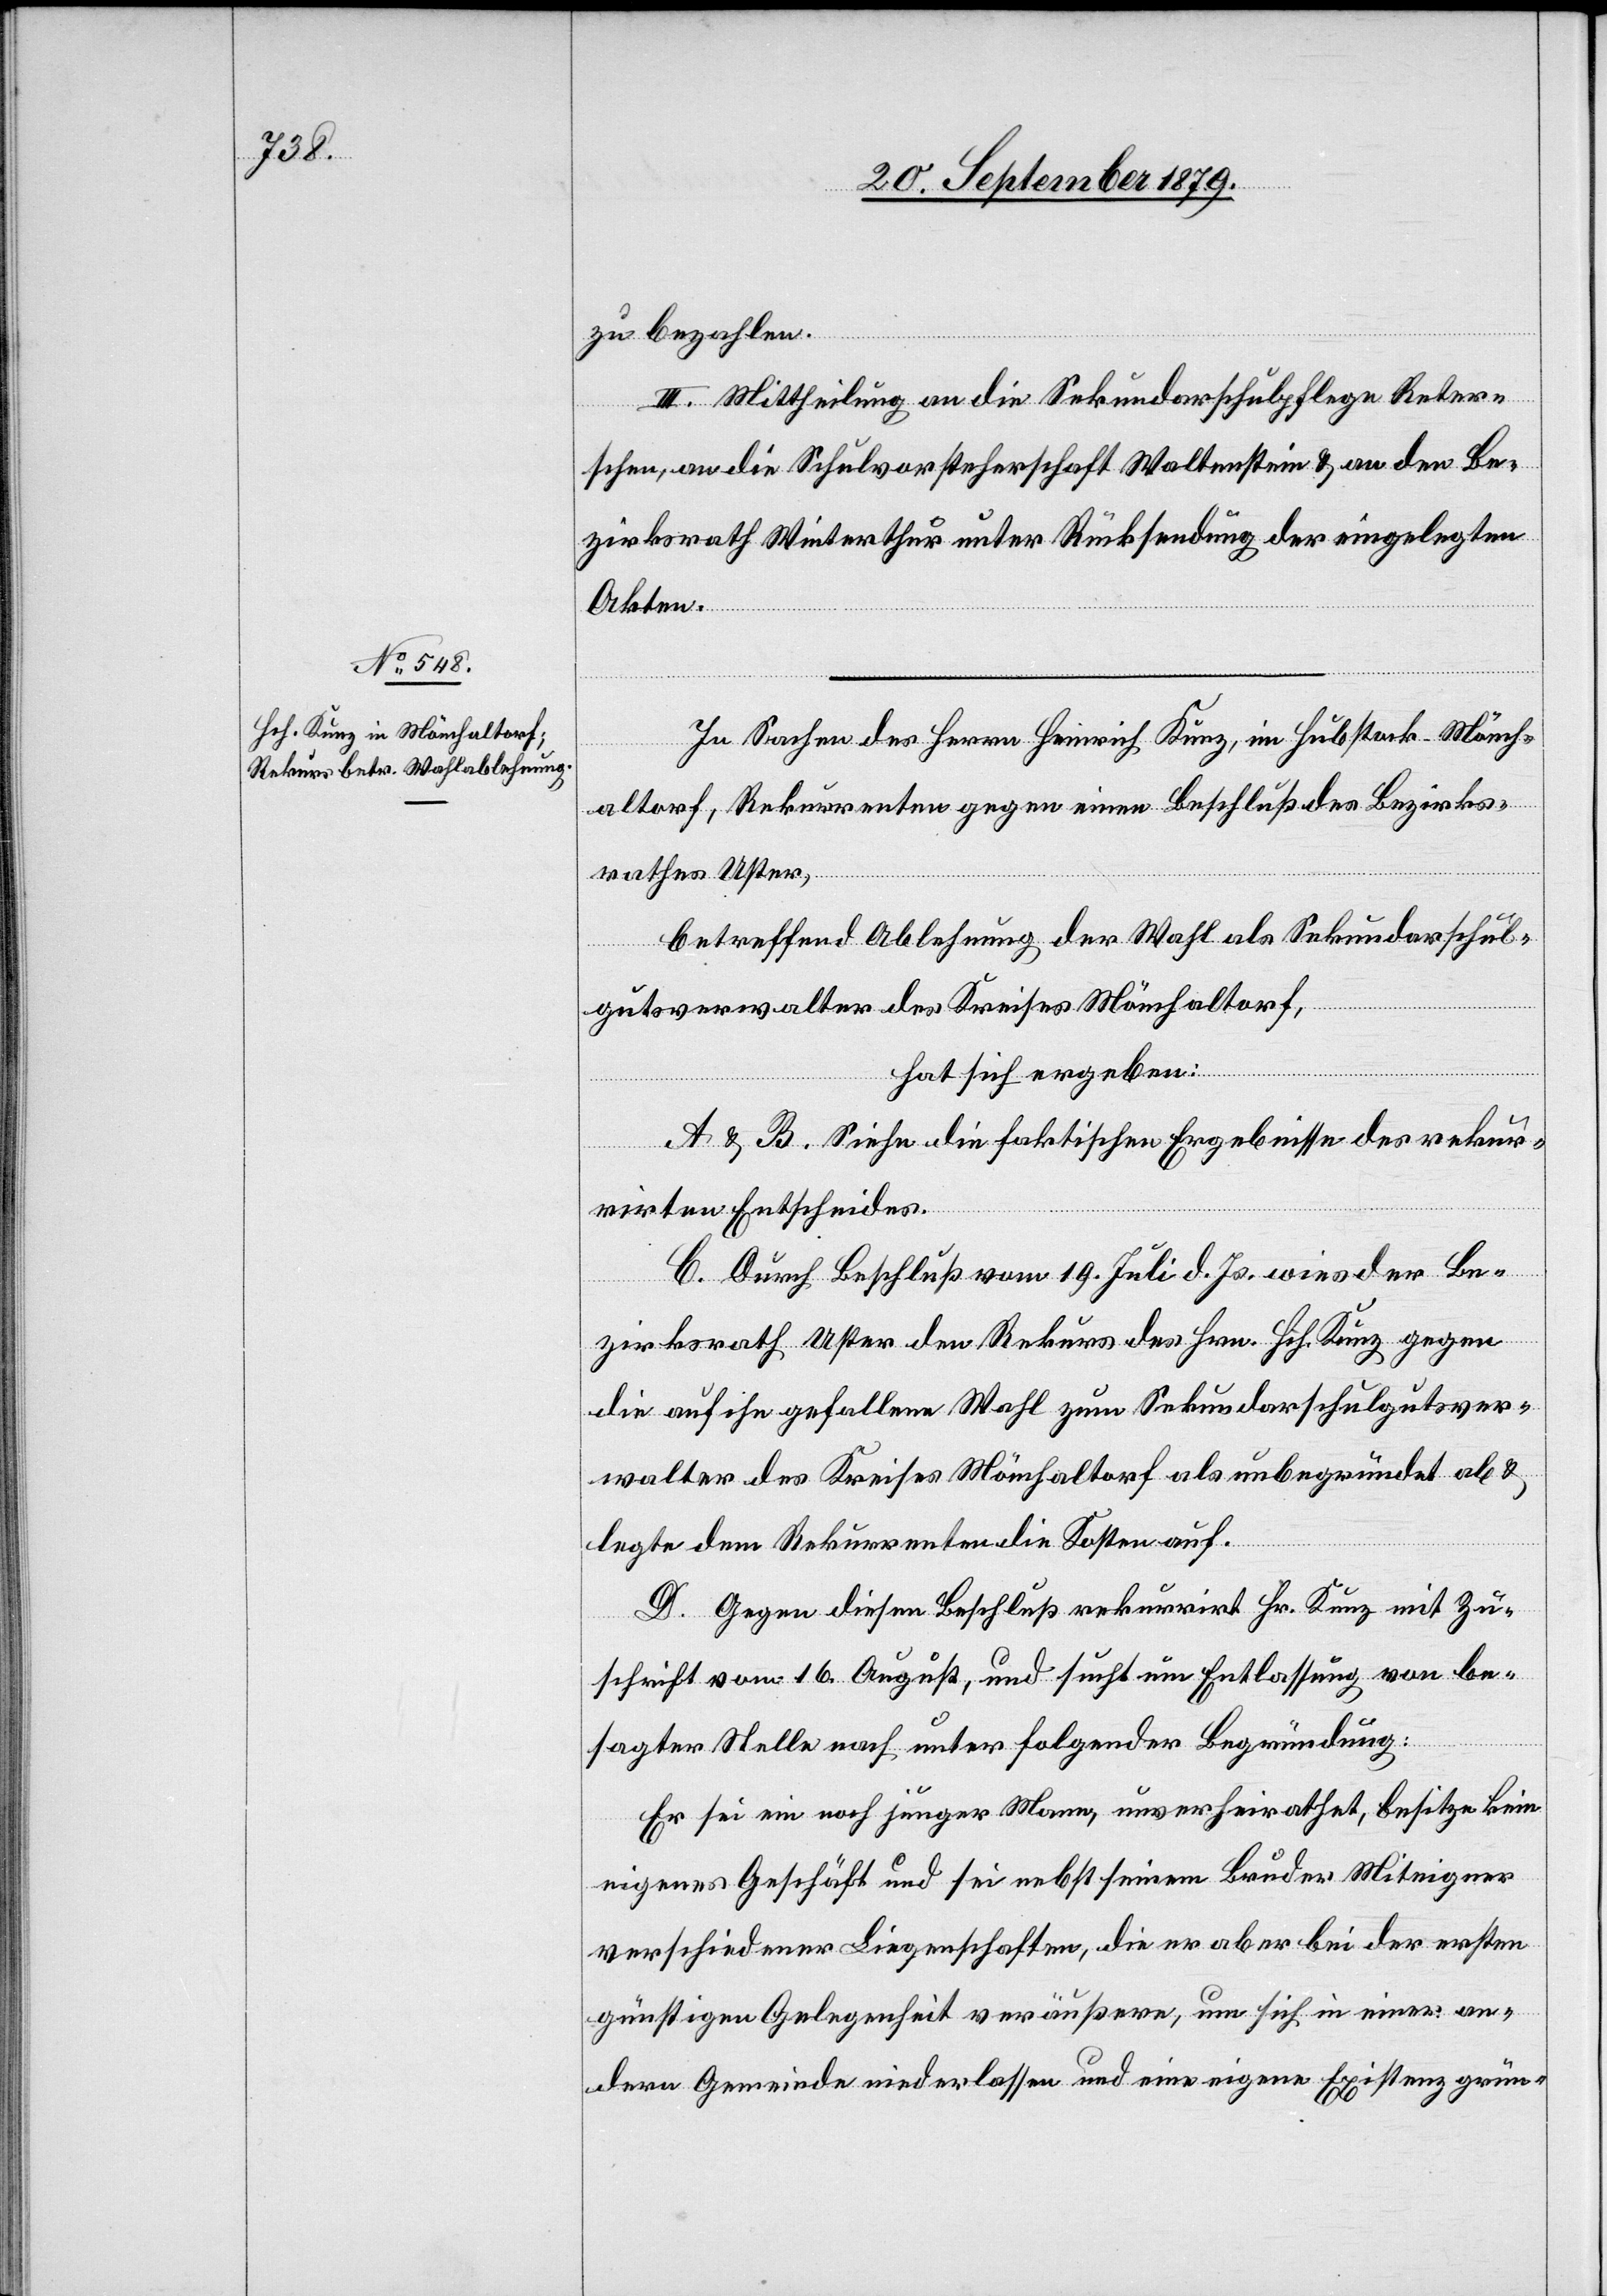
zu bezahlen.
III. Mittheilung an die Sekundarschulpflege Reter¬
schen, an die Schulvorsteherschaft Waltenstein & an den Be¬
zirksrath Winterthur unter Rücksendung der eingelegten
Akten.
In Sachen des Herrn Heinrich Kunz, im Hubstark - Mönch¬
altorf, Rekurrenten gegen einen Beschluß des Bezirks¬
rathes Uster,
betreffend Ablehnung der Wahl als Sekundarschul¬
gutsverwalter des Kreises Mönchaltorf,
hat sich ergeben:
A & B. Siehe die faktischen Ergebnisse des rekur¬
rirten Entscheides.
C. Durch Beschluß vom 19. Juli d. Js. wies der Be¬
zirksrath Uster den Rekurs des Hrn. Hch. Kunz gegen
die auf ihn gefallene Wahl zum Sekundarschulgutsver¬
walter des Kreises Mönchaltorf als unbegründet ab &
legte dem Rekurrenten die Kosten auf.
D. Gegen diesen Beschluß rekurrirt Hr. Kunz mit Zu¬
schrift vom 16. August, und sucht um Entlassung von be¬
sagter Stelle nach unter folgender Begründung:
Er sei ein noch junger Mann, unverheirathet, besitze kein
eigenes Geschäft und sei nebst seinem Bruder Miteigner
verschiedener Liegenschaften, die er aber bei der ersten
günstigen Gelegenheit veräußern, um sich in einer an¬
dern Gemeinde niederlassen und eine eigene Existenz grün-